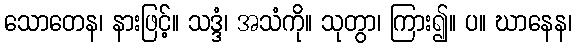
သောတေန၊ နားဖြင့်။ သဒ္ဒံ၊ အသံကို။ သုတွာ၊ ကြား၍။ ပ။ ဃာနေန၊